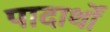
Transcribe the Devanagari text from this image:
पादार्थों